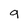
Character: g